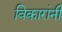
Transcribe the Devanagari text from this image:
विकारांनी